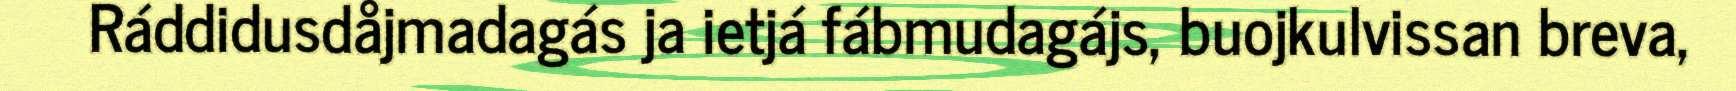
Ráddidusdåjmadagás ja ietjá fábmudagájs, buojkulvissan breva,